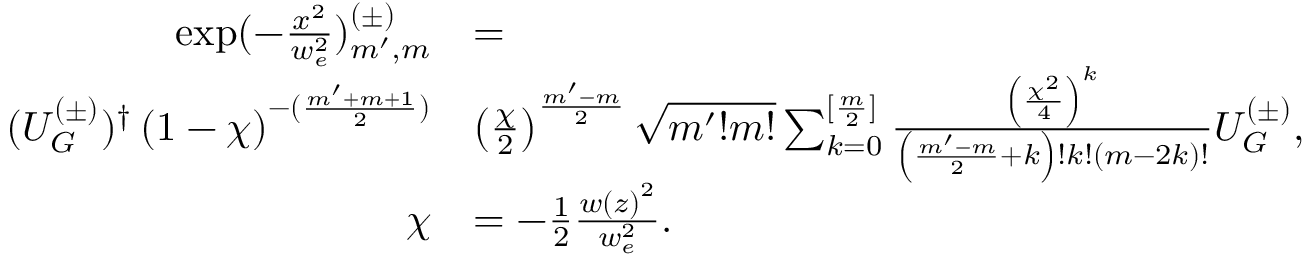
\begin{array} { r l } { \exp ( - \frac { x ^ { 2 } } { w _ { e } ^ { 2 } } ) _ { m ^ { \prime } , m } ^ { ( \pm ) } } & { = } \\ { ( U _ { G } ^ { ( \pm ) } ) ^ { \dag } \left( 1 - \chi \right) ^ { - ( \frac { m ^ { \prime } + m + 1 } { 2 } ) } } & { \left( \frac { \chi } { 2 } \right) ^ { \frac { m ^ { \prime } - m } { 2 } } \sqrt { m ^ { \prime } ! m ! } \sum _ { k = 0 } ^ { [ \frac { m } { 2 } ] } \frac { \left( \frac { \chi ^ { 2 } } { 4 } \right) ^ { k } } { \left( \frac { m ^ { \prime } - m } { 2 } + k \right) ! k ! \left( m - 2 k \right) ! } U _ { G } ^ { ( \pm ) } , } \\ { \chi } & { = - \frac { 1 } { 2 } \frac { w \left( z \right) ^ { 2 } } { w _ { e } ^ { 2 } } . } \end{array}